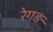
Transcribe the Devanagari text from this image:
रेगड़